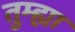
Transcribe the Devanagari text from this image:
तुम्ह्या